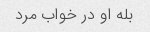
بله او در خواب مرد